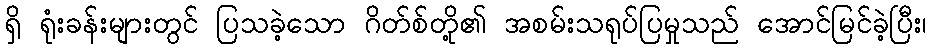
ရှိ ရုံးခန်းများတွင် ပြသခဲ့သော ဂိတ်စ်တို့၏ အစမ်းသရုပ်ပြမှုသည် အောင်မြင်ခဲ့ပြီး၊